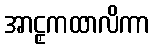
အာဠှကထာလိကာ